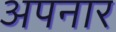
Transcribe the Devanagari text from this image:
अपनार